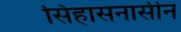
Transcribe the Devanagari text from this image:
सिहासनासीन